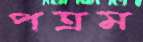
পত্রম